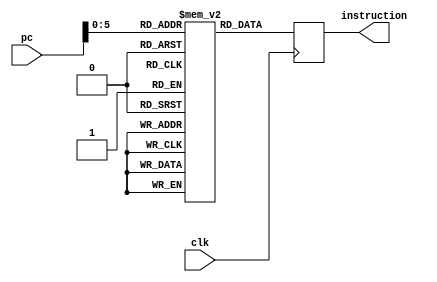
module inst_mem(input[31:0]pc, input clk, output reg[31:0]instruction);
	reg [31:0] memory [32:0];
	
	integer i;
	integer code = 2348876776;
	initial begin
		for (i = 0; i < 20; i = i + 2) begin
			memory[i] = code;
			code = code + 4;
			memory[i+1] = 32'b00000000001000100001000000100000;
		end
		memory[20] = 32'b10101100000000100000011111010000;
	end

	always @(posedge clk)
		instruction = memory[pc];

endmodule